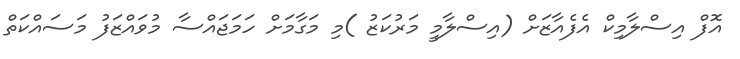
އޮފް އިސްލާމިކް އެފެއާޒަށް (އިސްލާމީ މަރުކަޒު )މި މަގާމަށް ހަމަޖައްސާ މުވައްޒަފު މަސައްކަތް